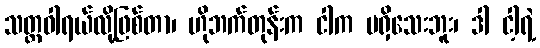
သတ္တဝါရယ်လို့ဖြစ်တာ၊ ဟိုဘက်တုန်းက ငါက မရှိသေးဘူး၊ ဒါ ငါ့ရဲ့